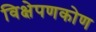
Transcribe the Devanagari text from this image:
विक्षेपणकोण